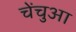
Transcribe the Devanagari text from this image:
चेंचुआ